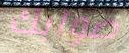
صوابك